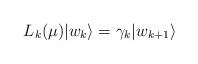
LaTeX: \begin{align*}L_k(\mu)|w_k\rangle=\gamma_k |w_{k+1}\rangle\end{align*}